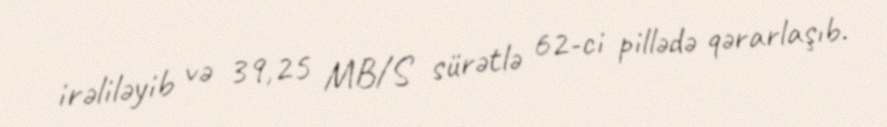
irəliləyib və 39,25 MB/S sürətlə 62-ci pillədə qərarlaşıb.